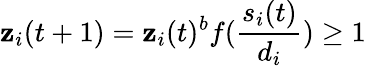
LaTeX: \mathbf{z}_{i}(t+1)=\mathbf{z}_{i}(t)^{b}f(\frac{{s_{i}(t)}}{{d_{i}}})\geq1